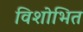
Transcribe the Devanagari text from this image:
विशोभित